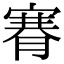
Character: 𦞫